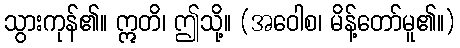
သွားကုန်၏။ ဣတိ၊ ဤသို့။ (အဝေါစ၊ မိန့်တော်မူ၏။)